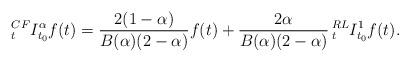
LaTeX: \begin{align*}_{t}^{CF}I_{t_{0}}^{\alpha}f(t)= \dfrac{2(1-\alpha)}{B(\alpha)(2-\alpha)}f(t)+\dfrac{2\alpha}{B(\alpha)(2-\alpha)}\,_{t}^{RL}I_{t_{0}}^{1}f(t).\end{align*}